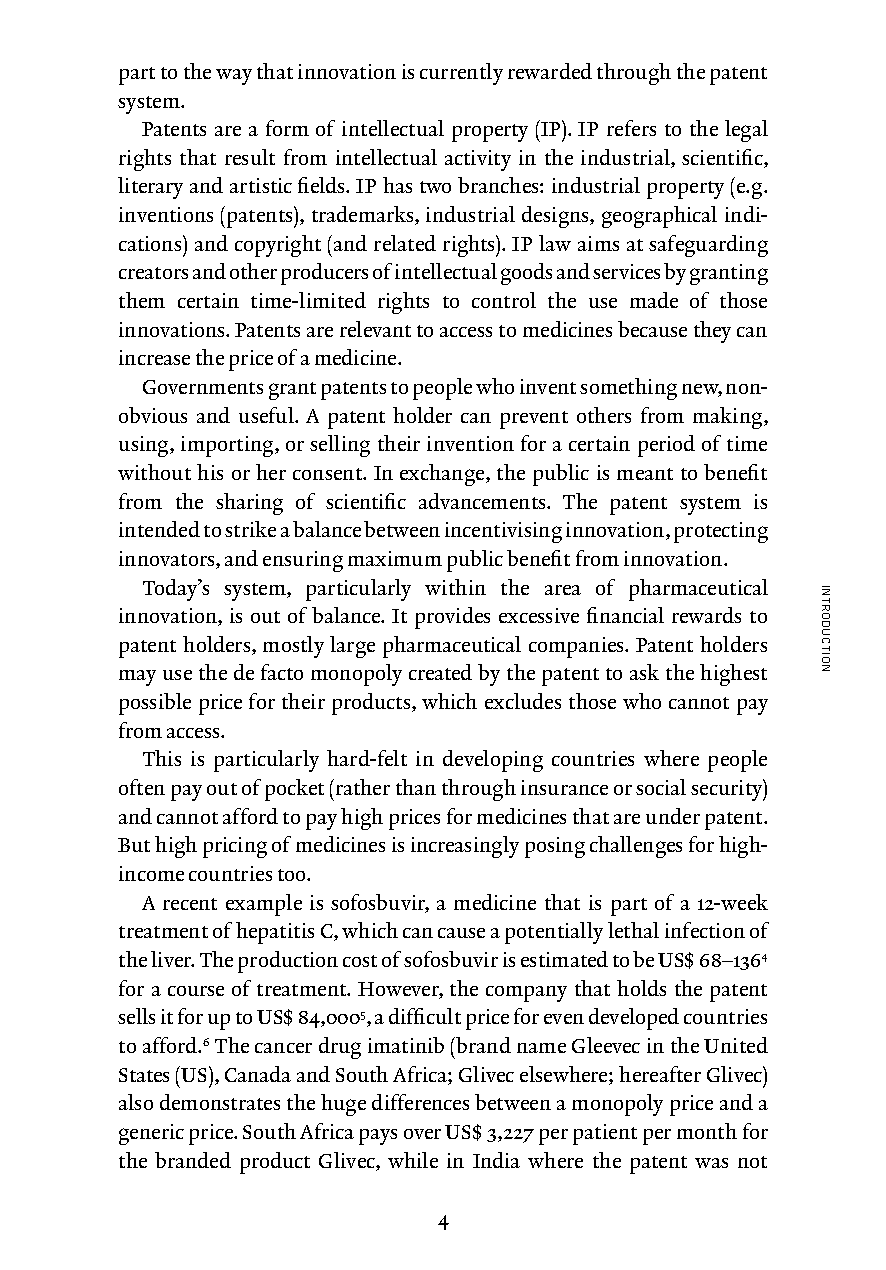
part to the way that innovation is currently rewarded through the patent
 system.
 Patents are a form of intellectual property (IP). IP refers to the legal
 rights that result from intellectual activity in the industrial, scientific,
 literary and artistic fields. IP has two branches: industrial property (e.g.
 inventions (patents), trademarks, industrial designs, geographical indi-
 cations) and copyright (and related rights). IP law aims at safeguarding
 creators and other producers of intellectual goods and services by granting
 them certain time-limited rights to control the use made of those
 innovations. Patents are relevant to access to medicines because they can
 increase the price of a medicine.
 Governments grant patents to people who invent something new, non-
 obvious and useful. A patent holder can prevent others from making,
 using, importing, or selling their invention for a certain period of time
 without his or her consent. In exchange, the public is meant to benefit
 from the sharing of scientific advancements. The patent system is
 intended to strike a balance between incentivising innovation, protecting
 innovators, and ensuring maximum public benefit from innovation.
 Today’s system, particularly within the area of pharmaceutical
 innovation, is out of balance. It provides excessive financial rewards to
 patent holders, mostly large pharmaceutical companies. Patent holders
 may use the de facto monopoly created by the patent to ask the highest
 possible price for their products, which excludes those who cannot pay
 from access.
 This is particularly hard-felt in developing countries where people
 often pay out of pocket (rather than through insurance or social security)
 and cannot afford to pay high prices for medicines that are under patent.
 But high pricing of medicines is increasingly posing challenges for high-
 income countries too.
 A recent example is sofosbuvir, a medicine that is part of a 12-week
 treatment of hepatitis C, which can cause a potentially lethal infection of
 the liver. The production cost of sofosbuvir is estimated to be US$ 68–1364
 for a course of treatment. However, the company that holds the patent
 sells it for up to US$ 84,0005, a difficult price for even developed countries
 to afford.6 The cancer drug imatinib (brand name Gleevec in the United
 States (US), Canada and South Africa; Glivec elsewhere; hereafter Glivec)
 also demonstrates the huge differences between a monopoly price and a
 generic price. South Africa pays over US$ 3,227 per patient per month for
 the branded product Glivec, while in India where the patent was not
 4
 INTRODUCTION